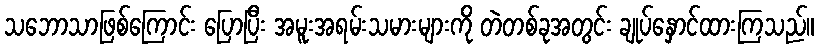
သဘောသာဖြစ်ကြောင်း ပြောပြီး အမူးအရမ်းသမားများကို တဲတစ်ခုအတွင်း ချုပ်နှောင်ထားကြသည်။